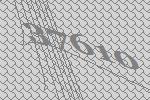
37610